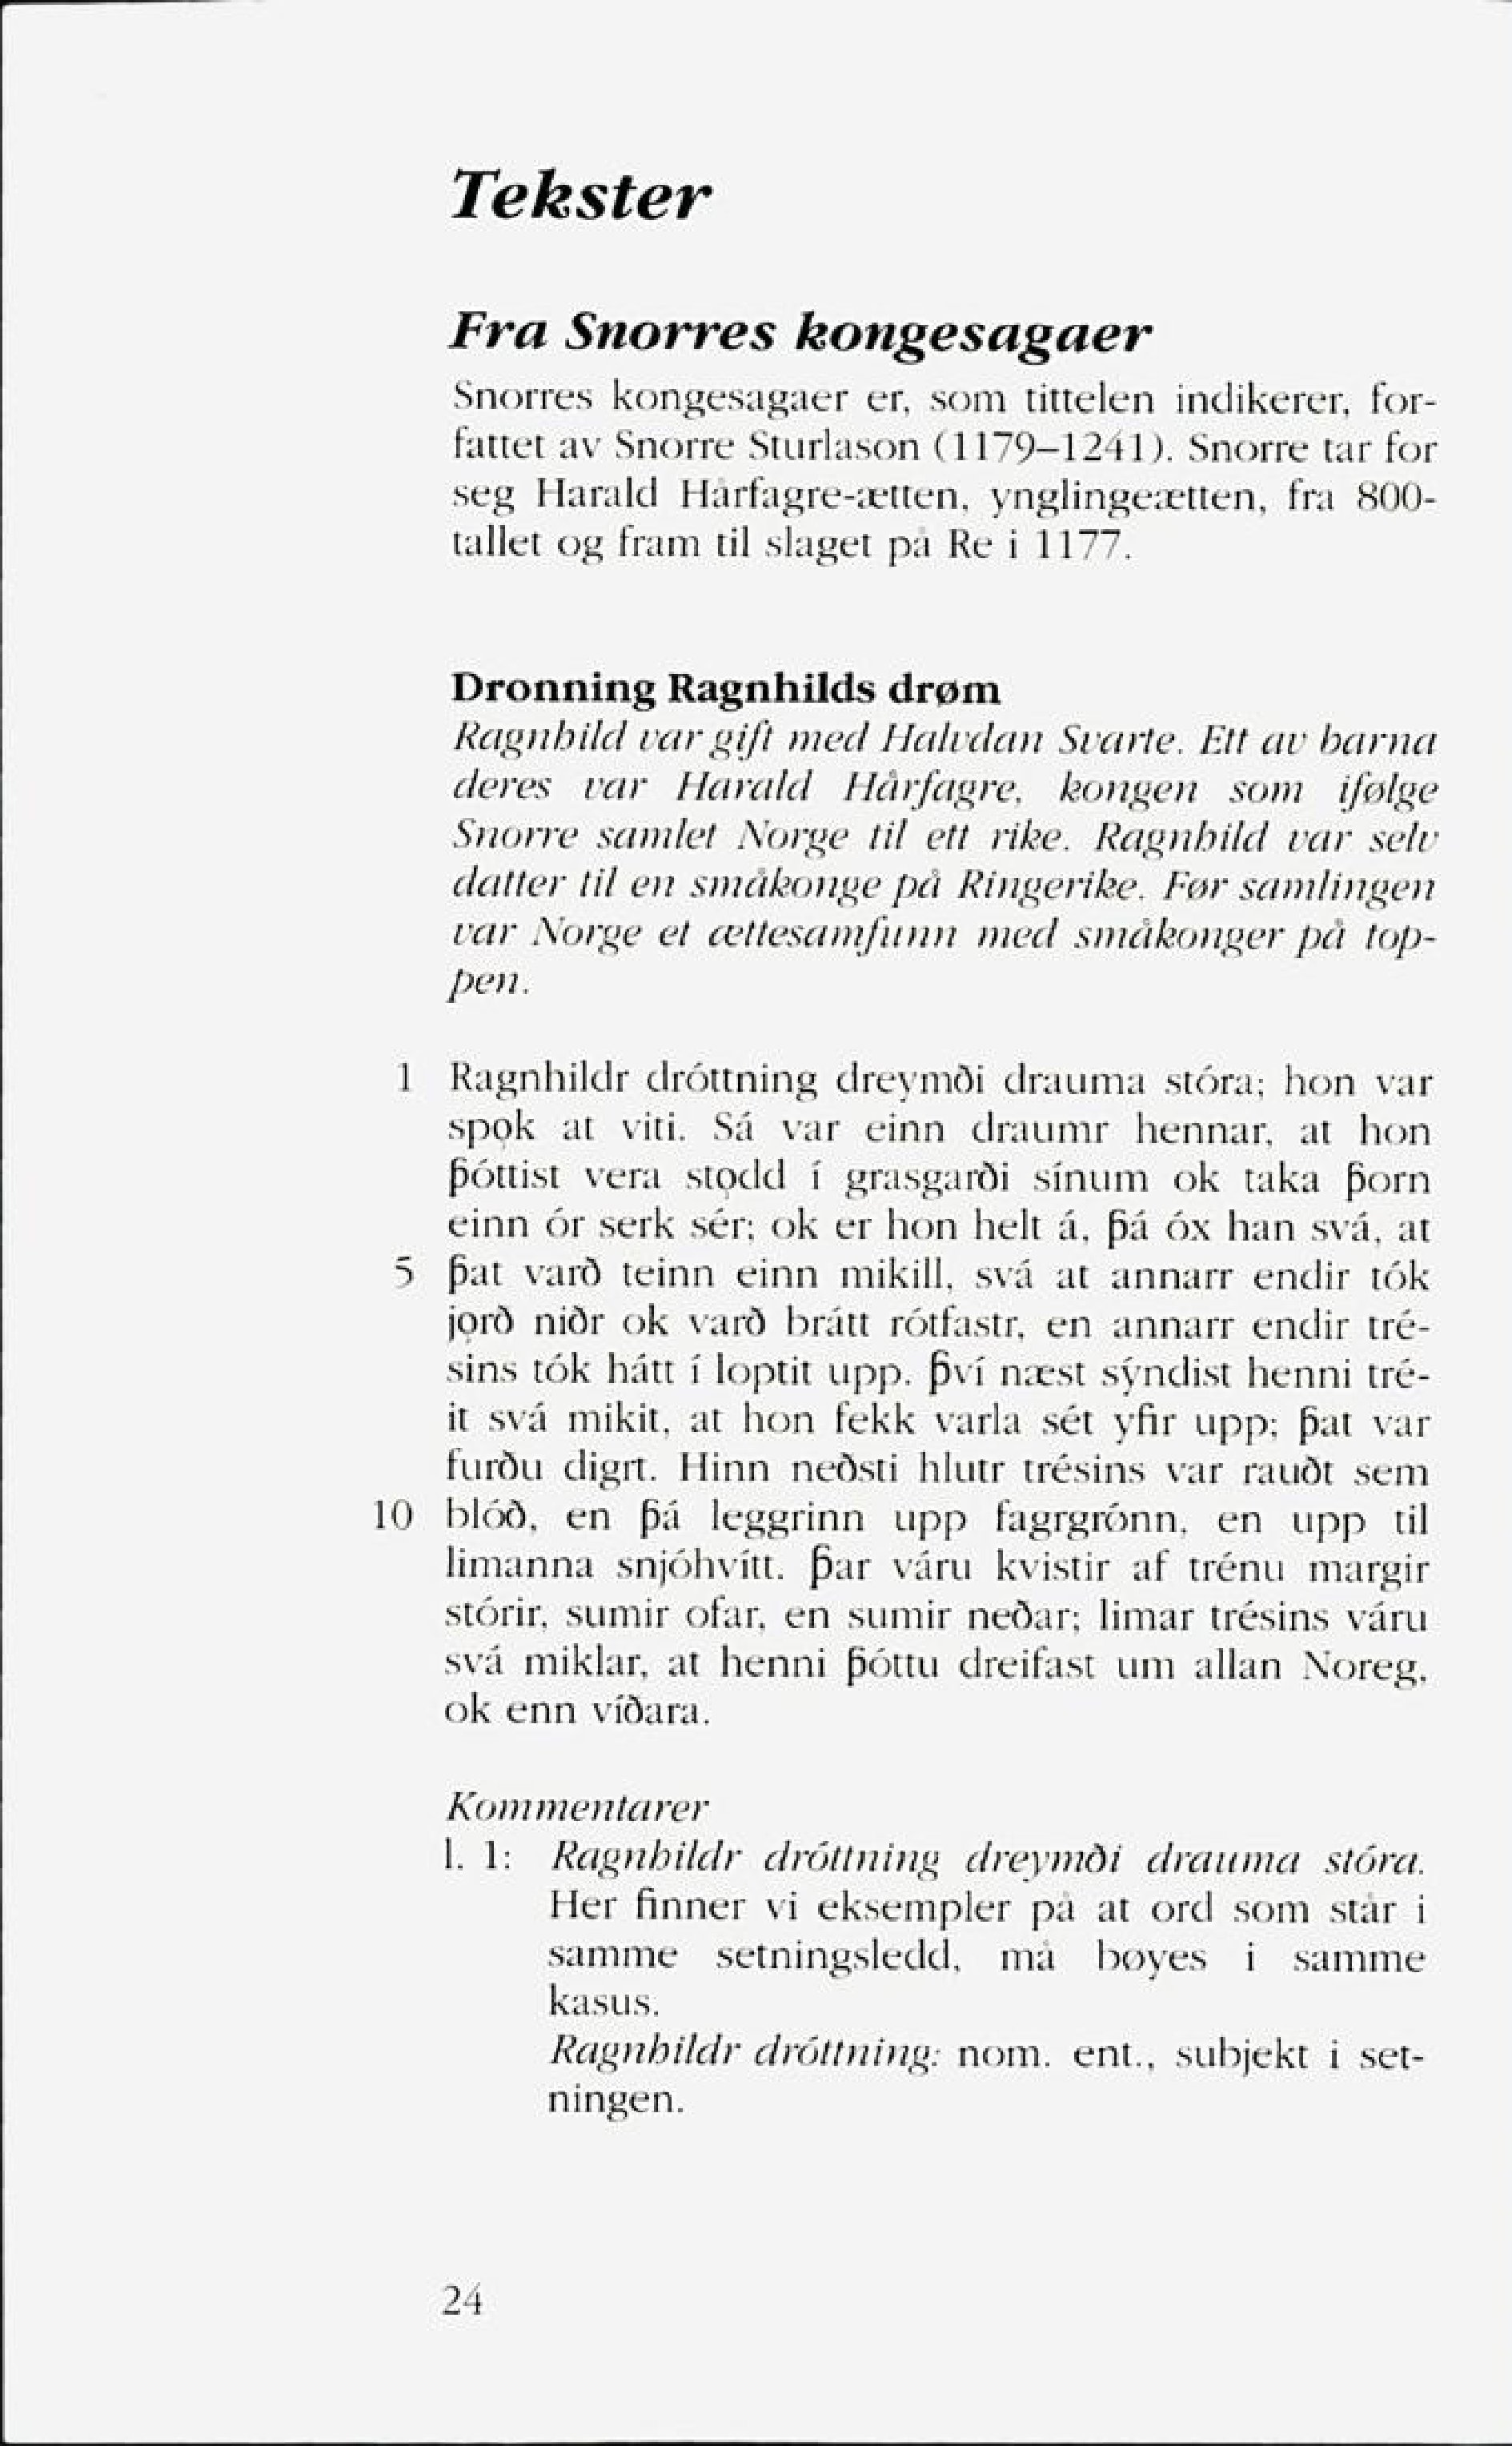
Language: no